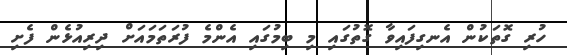
ހުރި ގޮތަކުން އެނގިފައިވާ ގޮތުގައި މި ބިމުގައި އެންމެ ފުރަތަމައަށް ދިރިއުޅެން ފެށި